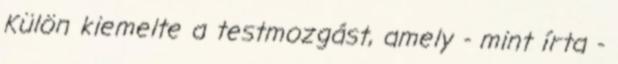
Külön kiemelte a testmozgást, amely - mint írta -